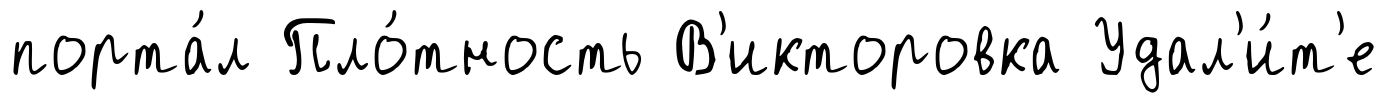
порта́л Пло́тность В'икторовка Удал'и́т'е